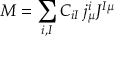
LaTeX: { \cal M } = \sum _ { i , I } C _ { i I } \: j _ { \mu } ^ { i } J ^ { I \mu }